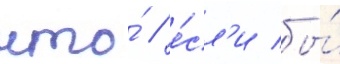
что́ / е́сл'и бы́